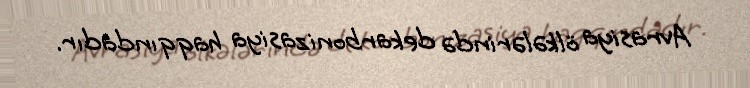
Avrasiya ölkələrində dekarbonizasiya haqqındadır.